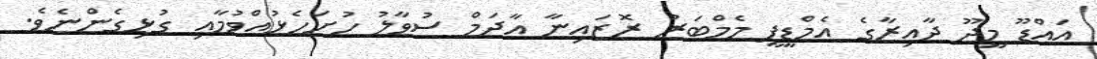
އައްޑޫ މީދޫ ދާއިރާގެ އެމްޑީޕީ މެމްބަރު ރޮޒައިނާ އާދަމް ސުވާލު ހުށަހެޅުއްވުމާއި ގުޅިގެންނެވެ.